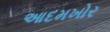
આદમખોર